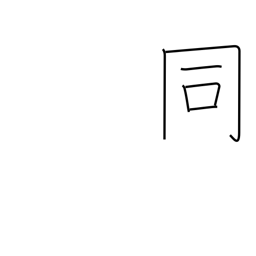
Meaning: same